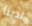
لدينا